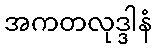
အကတလုဒ္ဒါနံ